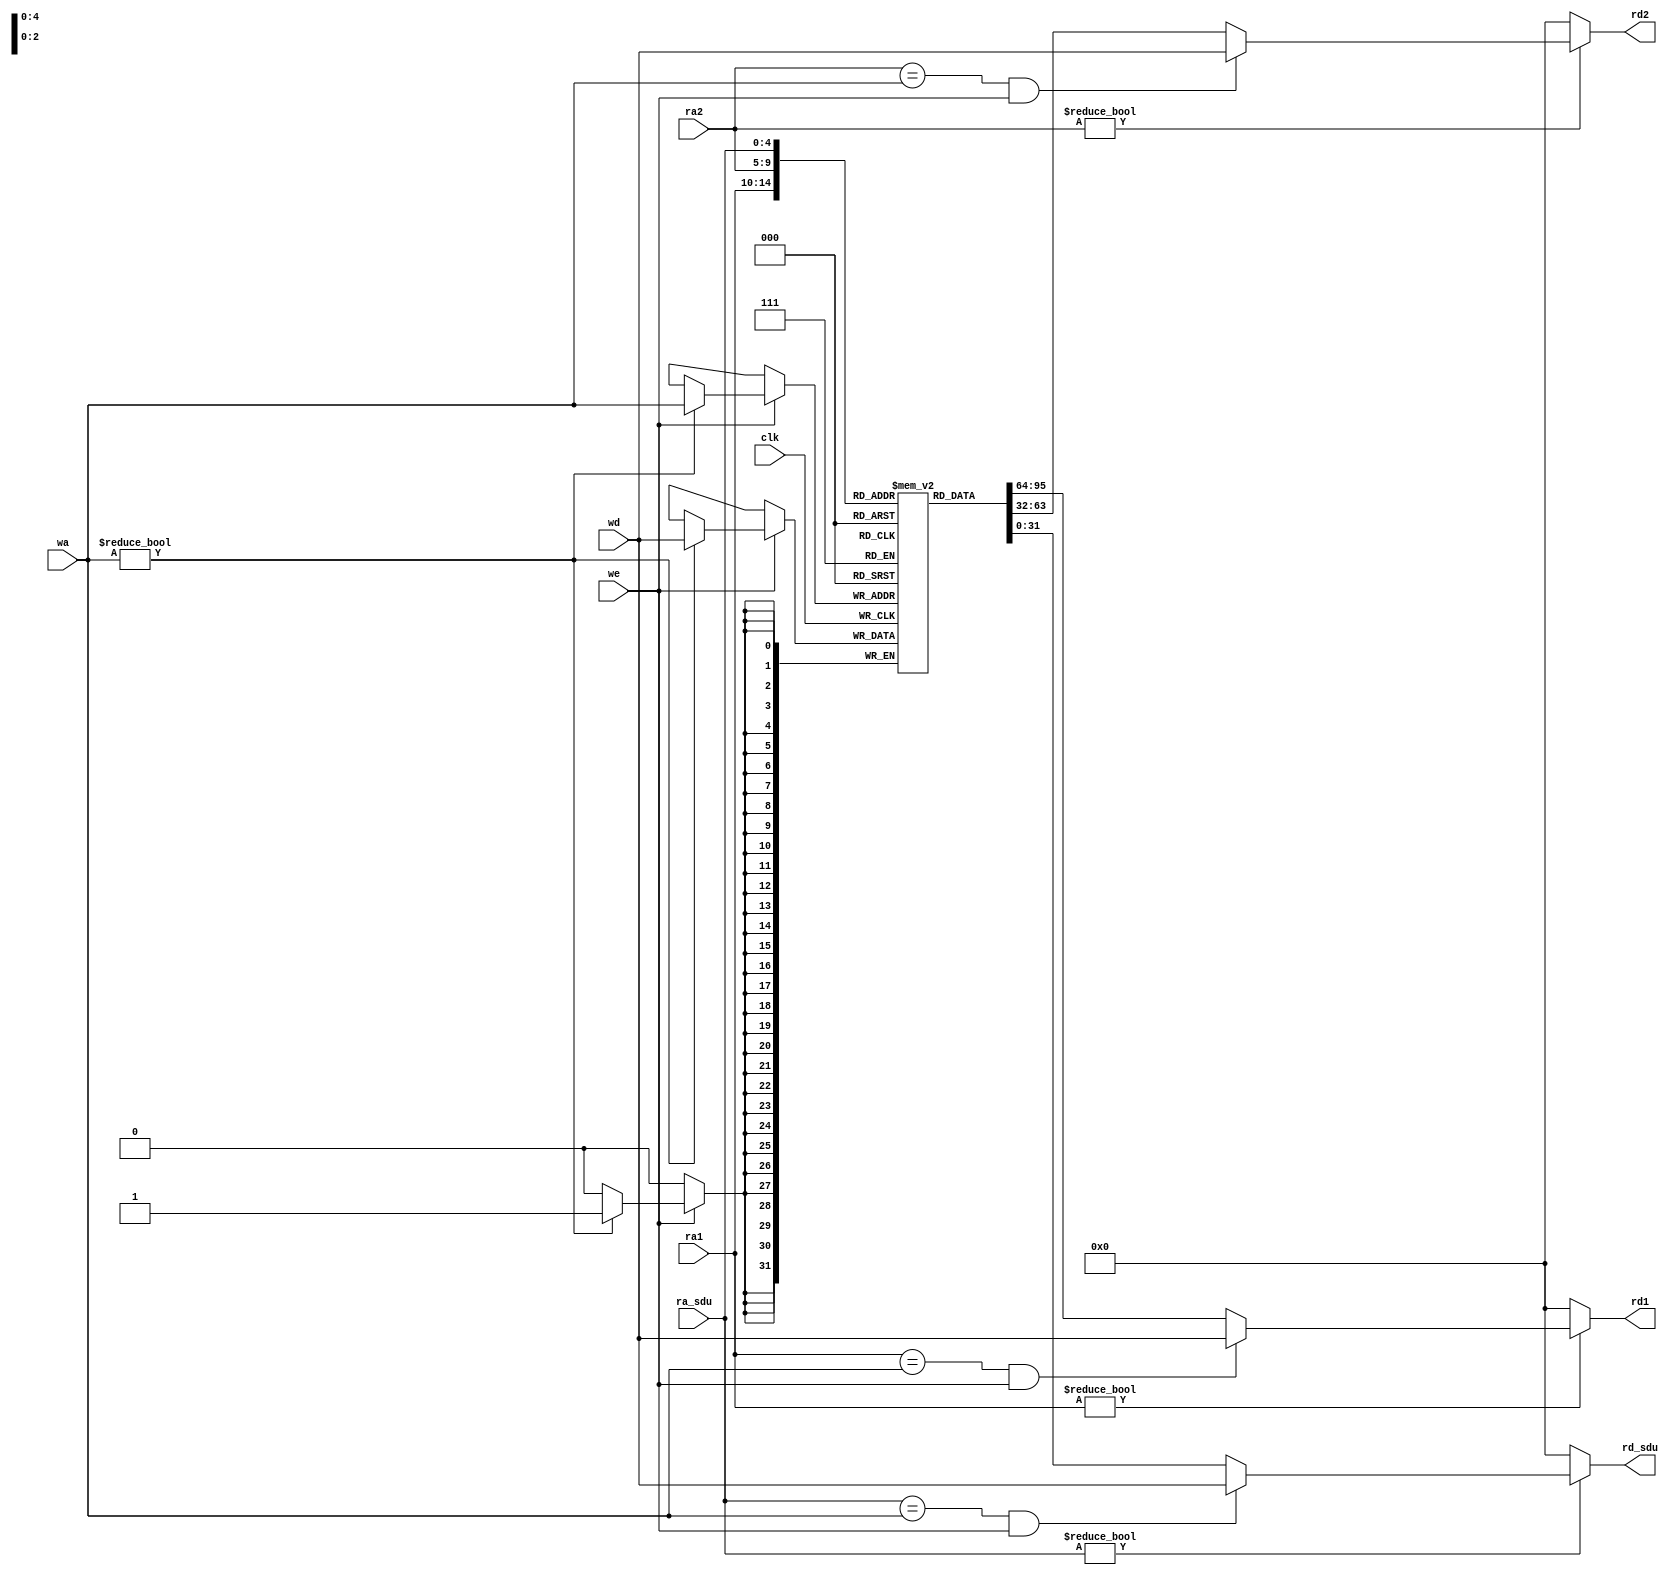
`timescale 1ns / 1ps
//////////////////////////////////////////////////////////////////////////////////
// Company: 
// Engineer: 
// 
// Design Name: 
// Module Name: register_file
// Project Name: 
// Target Devices: 
// Tool Versions: 
// Description: 
// 
// Dependencies: 
// 
// Revision:
// Revision 0.01 - File Created
// Additional Comments:
// 
//////////////////////////////////////////////////////////////////////////////////


module  register_file (
    input         clk,
    input  [4:0]  ra1, ra2,	//
    input  [4:0]  ra_sdu,
    output [31:0] rd1, rd2,	//
    output [31:0] rd_sdu,
    input  [4:0]  wa,		//
    input  [31:0] wd,	    //
    input         we		//
);
    reg [31:0] rf[1:31]; 	//

    assign rd1 = ra1 ? ((ra1 == wa && we) ? wd : rf[ra1]) : 0; 	//
    assign rd2 = ra2 ? ((ra2 == wa && we) ? wd : rf[ra2]) : 0;
    assign rd_sdu = ra_sdu ? ((ra_sdu == wa && we) ? wd : rf[ra_sdu]) : 0;

    // for test

    genvar i;
    generate
        for (i=1; i<32; i=i+1) begin
            initial begin
                rf[i] = 0;
            end
        end
    endgenerate

    

    always @(posedge clk)
        if (we) begin
            if (wa) begin
                rf[wa] <= wd;   //
            end
        end
endmodule